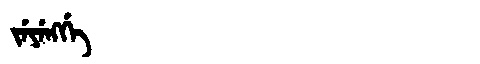
Manchu: ᠵᡝᠶᡝᠩᡤᡝ
Romanization: JEYENGGE